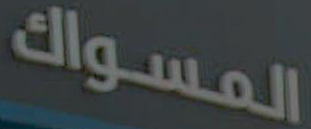
المسواك